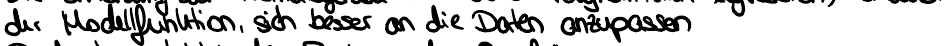
der Modellfunktion, sich besser an die Daten anzupassen